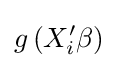
g\left(X'_{i}\beta \right)